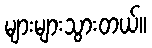
များများသွားတယ်။